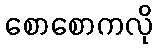
စောစောကလို